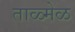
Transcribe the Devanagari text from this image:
ताळ्मेळ